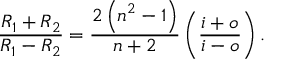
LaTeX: { \frac { R _ { 1 } + R _ { 2 } } { R _ { 1 } - R _ { 2 } } } = { \frac { 2 \left( n ^ { 2 } - 1 \right) } { n + 2 } } \left( { \frac { i + o } { i - o } } \right) .